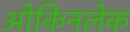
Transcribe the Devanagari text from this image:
ओकिनलेक